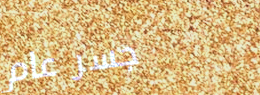
جسر عام